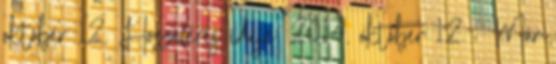
október 12. Hozzáférés ideje: 2014. október 12. ↑ Már